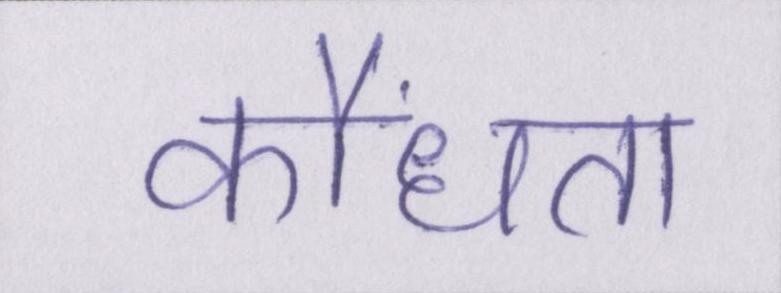
कौंधता